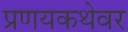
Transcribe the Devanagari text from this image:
प्रणयकथेवर